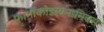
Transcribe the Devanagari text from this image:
फार्माकोडायनामिक्स